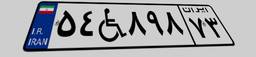
۴۱W۹۱۶۸۰